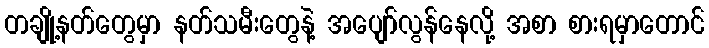
တချို့နတ်တွေမှာ နတ်သမီးတွေနဲ့ အပျော်လွန်နေလို့ အစာ စားရမှာတောင်